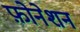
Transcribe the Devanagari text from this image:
फ़ोनेशन